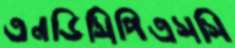
এনডিসিপিএসসি